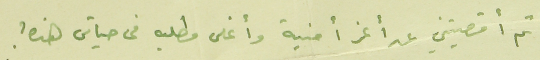
ثم أقصيتني عن أعز أمنية وأغلى مطلبه فى حياتى هذه ؟